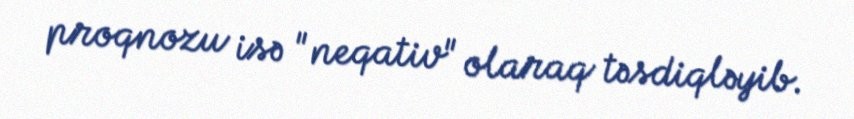
proqnozu isə "neqativ" olaraq təsdiqləyib.